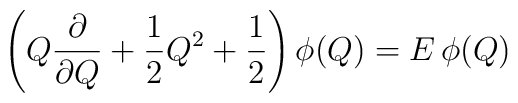
\left( Q{\partial \over \partial Q}+{1\over 2} Q^2 +{1\over 2}\right)\phi(Q)=E\,\phi(Q)